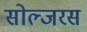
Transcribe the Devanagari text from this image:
सोल्जरस